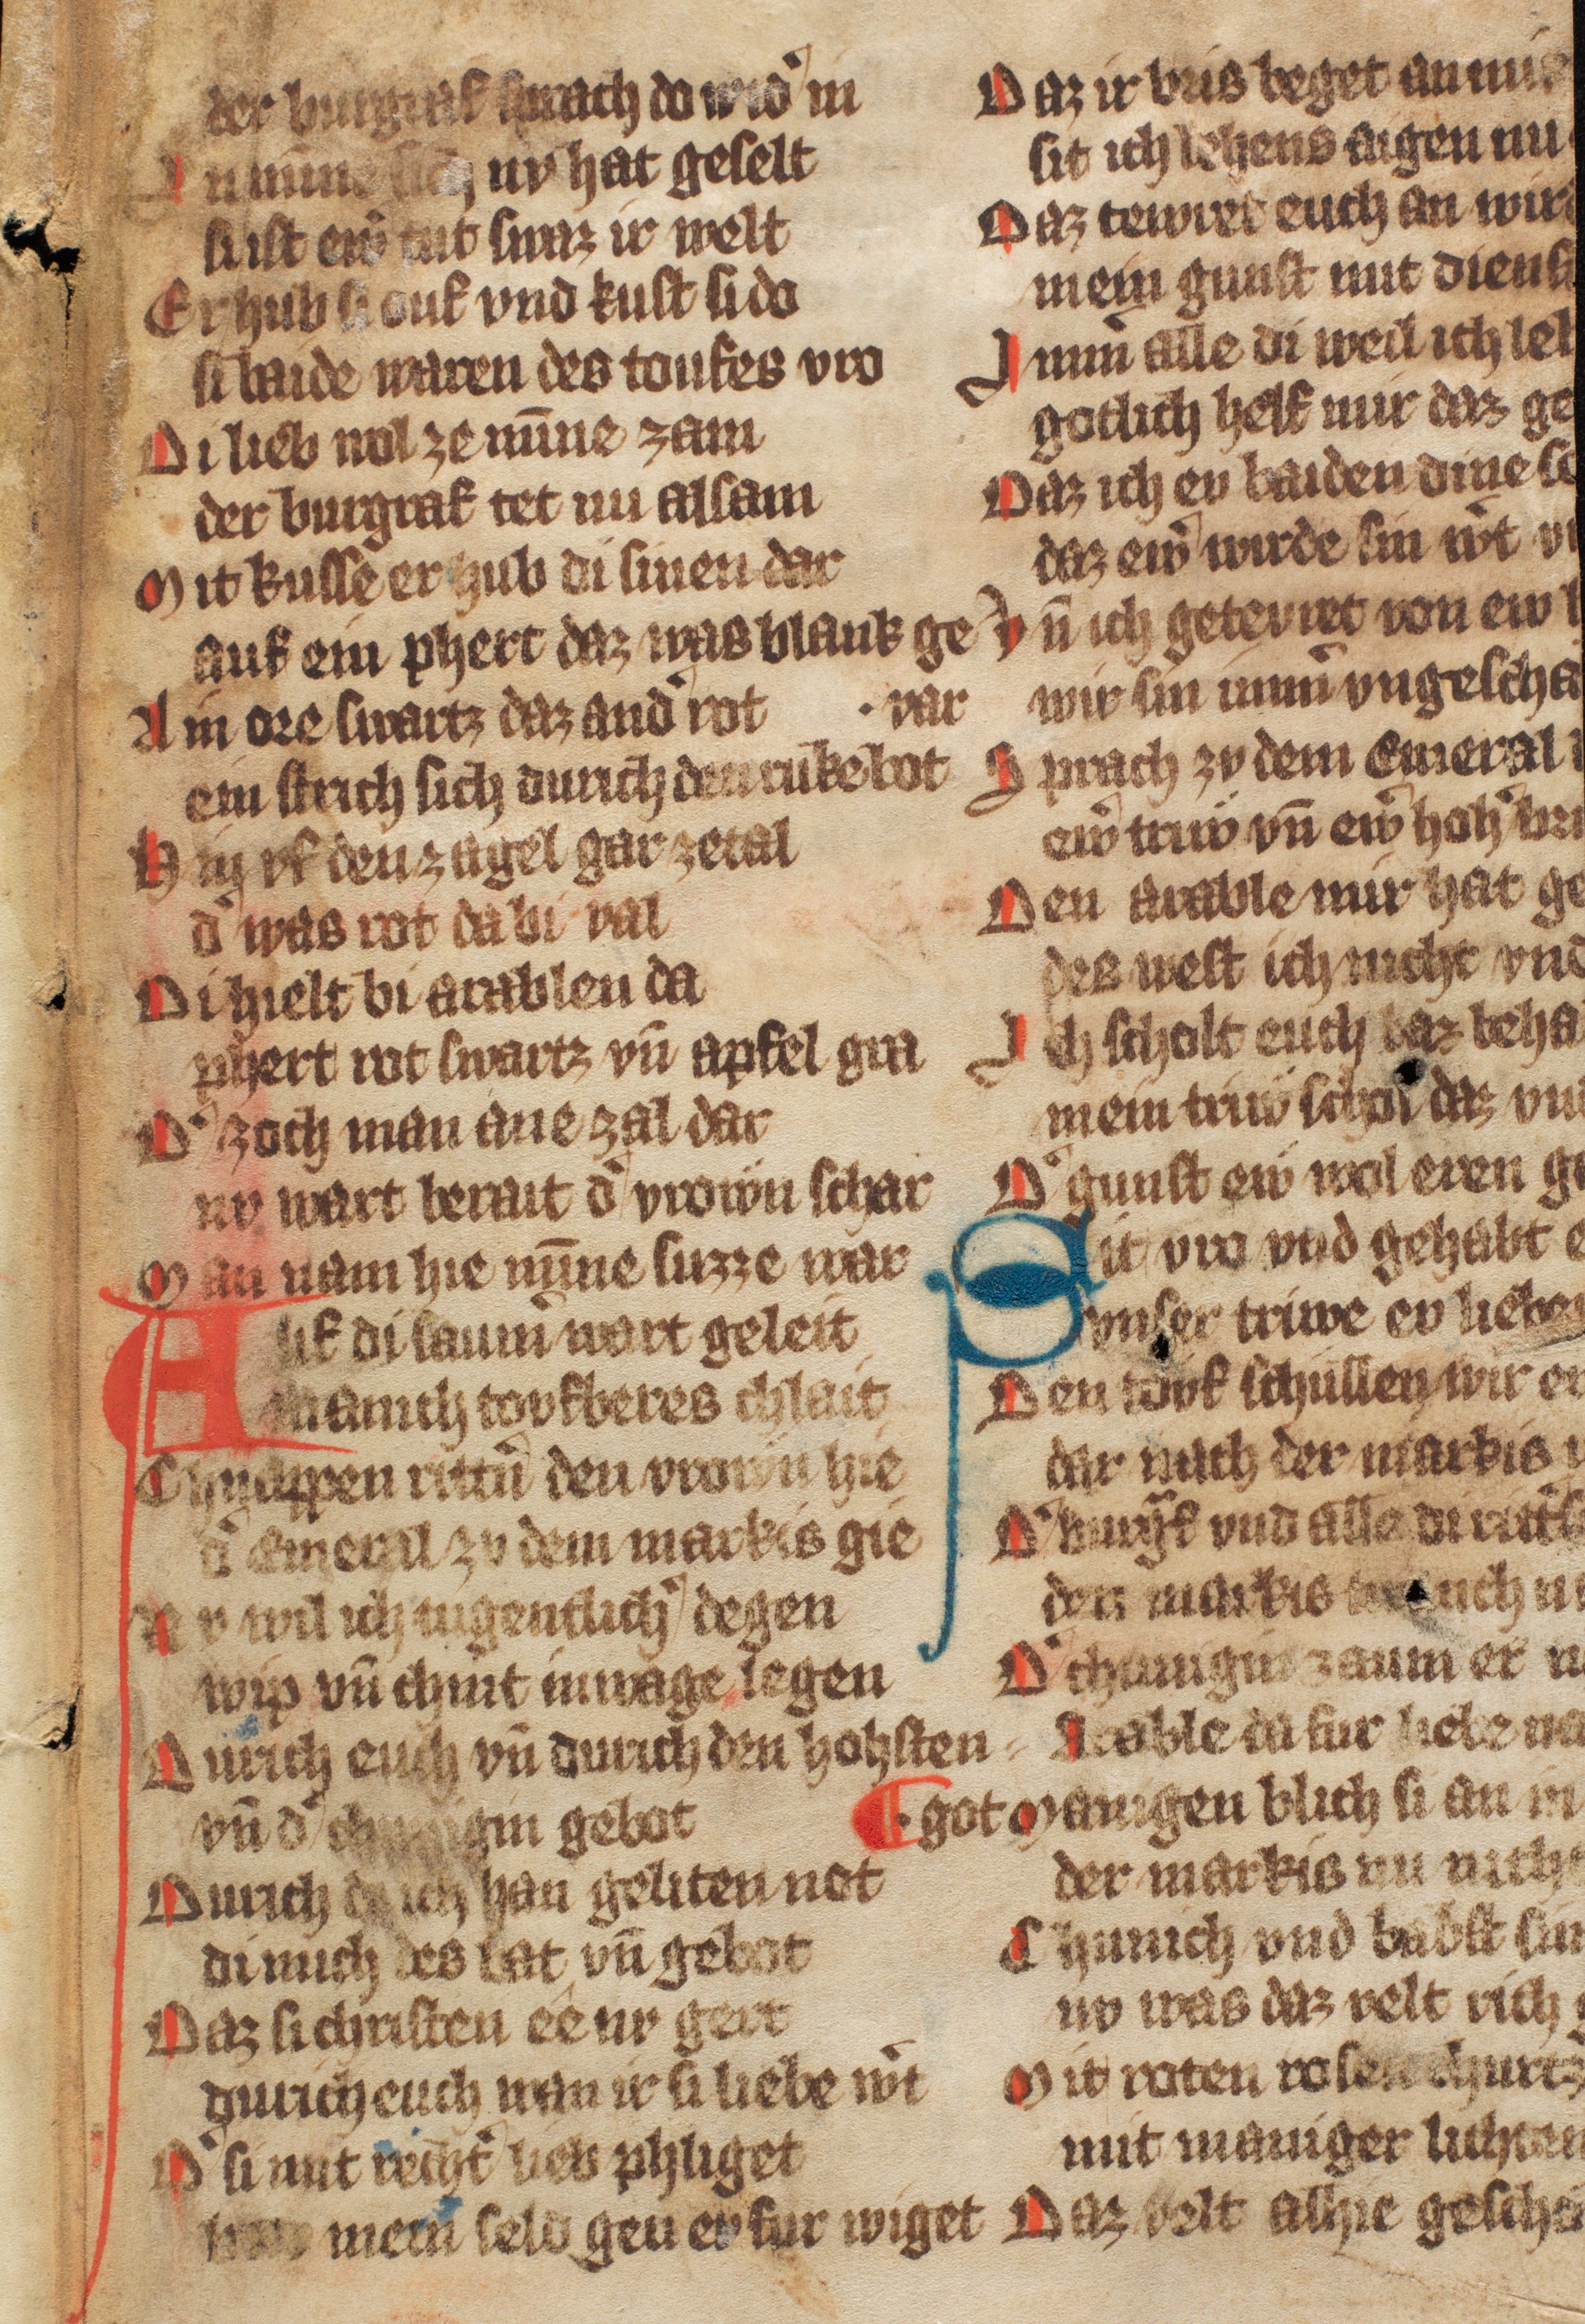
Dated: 1300–1315